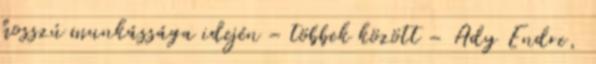
hosszú munkássága idején – többek között – Ady Endre,